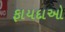
ફાયદાઓ